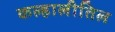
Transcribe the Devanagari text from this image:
कल्हालीतिल